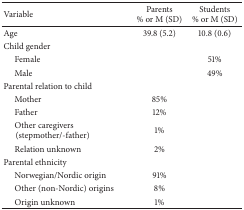
| Variable | Parents % or M (SD) | Students % or M (SD) |
 | --- | --- | --- |
 | Age | 39.8 (5.2) | 10.8 (0.6) |
 | Child gender |  |  |
 | Female |  | 51% |
 | Male |  | 49% |
 | Parental relation to child |  |  |
 | Mother | 85% |  |
 | Father | 12% |  |
 | Other caregivers (stepmother/-father) | 1% |  |
 | Relation unknown | 2% |  |
 | Parental ethnicity |  |  |
 | Norwegian/Nordic origin | 91% |  |
 | Other (non-Nordic) origins | 8% |  |
 | Origin unknown | 1% |  |